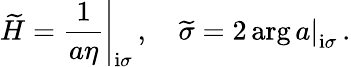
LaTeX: \left.\widetilde{H}=\frac{1}{a\eta}\right|_{\mathrm{i}\sigma}\, ,\quad\widetilde{\sigma}=\left.2\arg a\right|_{\mathrm{i}\sigma}\, .